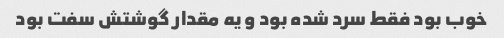
خوب بود فقط سرد شده بود و یه مقدار گوشتش سفت بود